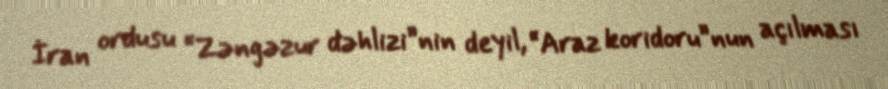
İran ordusu “Zəngəzur dəhlizi”nin deyil, “Araz koridoru”nun açılması